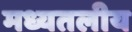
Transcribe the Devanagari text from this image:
मध्यतलीय